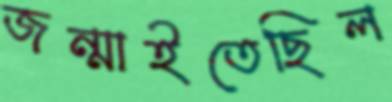
জন্মাইতেছিল